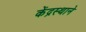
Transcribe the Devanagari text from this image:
केंद्रस्थाने